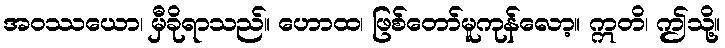
အဝဿယော၊ မှီခိုရာသည်။ ဟောထ၊ ဖြစ်တော်မူကုန်လော့။ ဣတိ၊ ဤသို့။